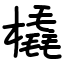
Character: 橇